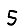
Digit: 5